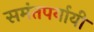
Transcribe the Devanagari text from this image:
समंतपर्यायी